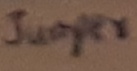
Text: Jumper